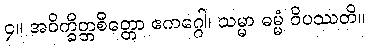
၄။ အဝိက္ခိတ္တစိတ္တော ဧကဂ္ဂေါ၊ သမ္မာ ဓမ္မံ ဝိပဿတိ။